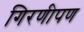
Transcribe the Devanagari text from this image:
गिरणीपण